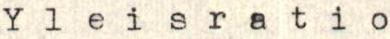
Yleisratio